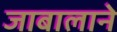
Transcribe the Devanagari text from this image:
जाबालाने